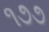
૧૭૭